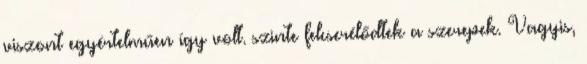
viszont egyértelműen így volt. szinte felcserélődtek a szerepek. Vagyis,